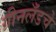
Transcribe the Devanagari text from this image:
ग्रीनलँडचे